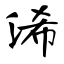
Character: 浠